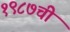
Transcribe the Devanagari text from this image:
१९८७ची